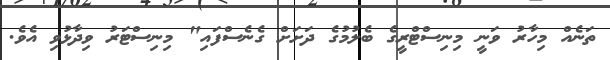
ތަނެއް މިހާރު ވަނީ މިނިސްޓްރީގެ ބެލުމުގެ ދަށަށް ގެނެސްފައި" މިނިސްޓަރު ވިދާޅުވި އެވެ.